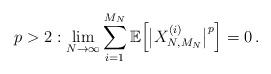
LaTeX: \begin{align*} p> 2: \lim_{N\to \infty} \sum_{i=1}^{M_N} \mathbb E \Big[ \big| X_{N, M_N}^{(i)} \big|^p \Big] = 0 \,.\end{align*}